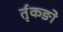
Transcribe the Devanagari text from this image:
र्तृकङो